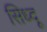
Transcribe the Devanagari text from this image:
सिध्दू